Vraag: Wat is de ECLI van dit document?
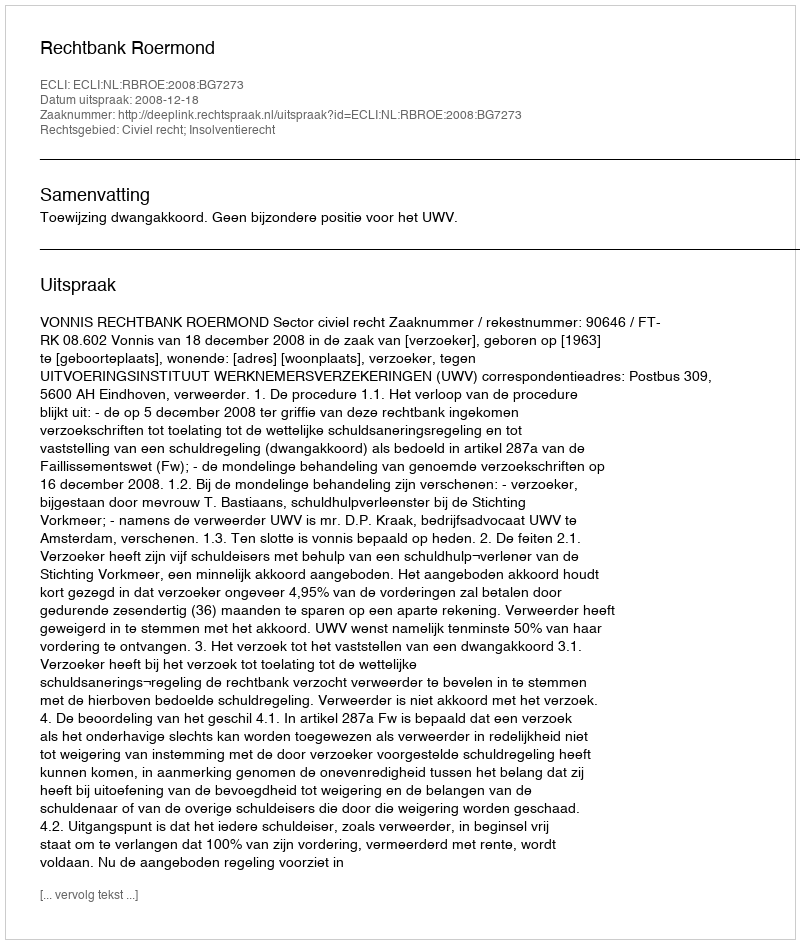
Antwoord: ECLI:NL:RBROE:2008:BG7273